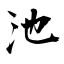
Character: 池